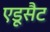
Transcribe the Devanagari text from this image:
एडूसैट